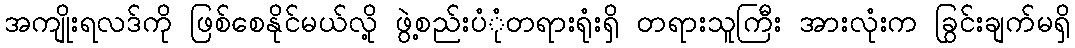
အကျိုးရလဒ်ကို ဖြစ်စေနိုင်မယ်လို့ ဖွဲ့စည်းပံုံတရားရုံးရှိ တရားသူကြီး အားလုံးက ခြွင်းချက်မရှိ